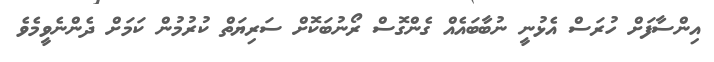
އިންސާފަށް ހުރަސް އެޅުނީ ނުބާބައެއް ގެންގޮސް ރޯނުބަކޮށް ސަރިޔަތް ކުރުމުން ކަމަށް ދެންނެވީމެވެ